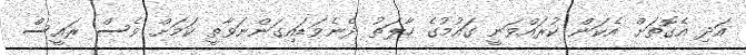
އަދި އެގޮތަށް އެކަން ކުރައްވަނީ ގައުމުގެ ހާލަތު ދެނެވަޑައިގަންނަވާތީ ކަމަށް ވެސް ރައީސް